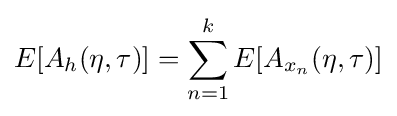
E[A_{h}(\eta ,\tau )]=\sum _{n=1}^{k}E[A_{x_{n}}(\eta ,\tau )]